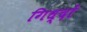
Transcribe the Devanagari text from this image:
गिध्दों